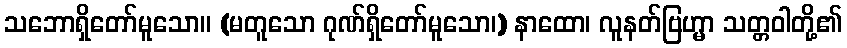
သဘောရှိတော်မူသော။ (မတူသော ဂုဏ်ရှိတော်မူသော၊) နာထော၊ လူနတ်ဗြဟ္မာ သတ္တဝါတို့၏